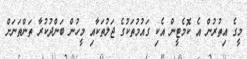
މީގެ އިތުރުން އެ ކޮމެޓީން އެކި ގައުމުތަކުގެ ޖަލުތަކާއި މީހުން ބަންދުކުރާ ތަންތަނަށް